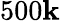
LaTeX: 500\mathbf{k}